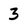
Character: 3